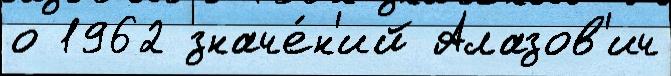
о 1962 значе́н'ий Алазов'ич